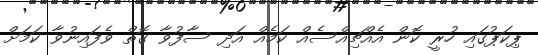
ޕިކަޕުގައި ހުރީ ކޮން އެއްޗިއްސެއް ކަމެއް އަދި ސާފުވާ ގޮތް ވެފައިނުވާ ކަމަށް